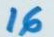
16